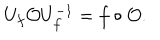
U _ { f } \mathcal { O } U _ { f } ^ { - 1 } = f \circ \mathcal { O } .